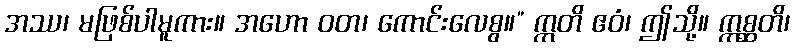
အဿ၊ မဖြစ်ပါမူကား။ အဟော ဝတ၊ ကောင်းလေစွ။” ဣတိ ဧဝံ၊ ဤသို့။ ဣစ္ဆတိ၊